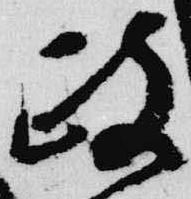
政